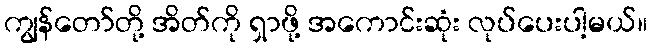
ကျွန်တော်တို့ အိတ်ကို ရှာဖို့ အကောင်းဆုံး လုပ်ပေးပါ့မယ်။